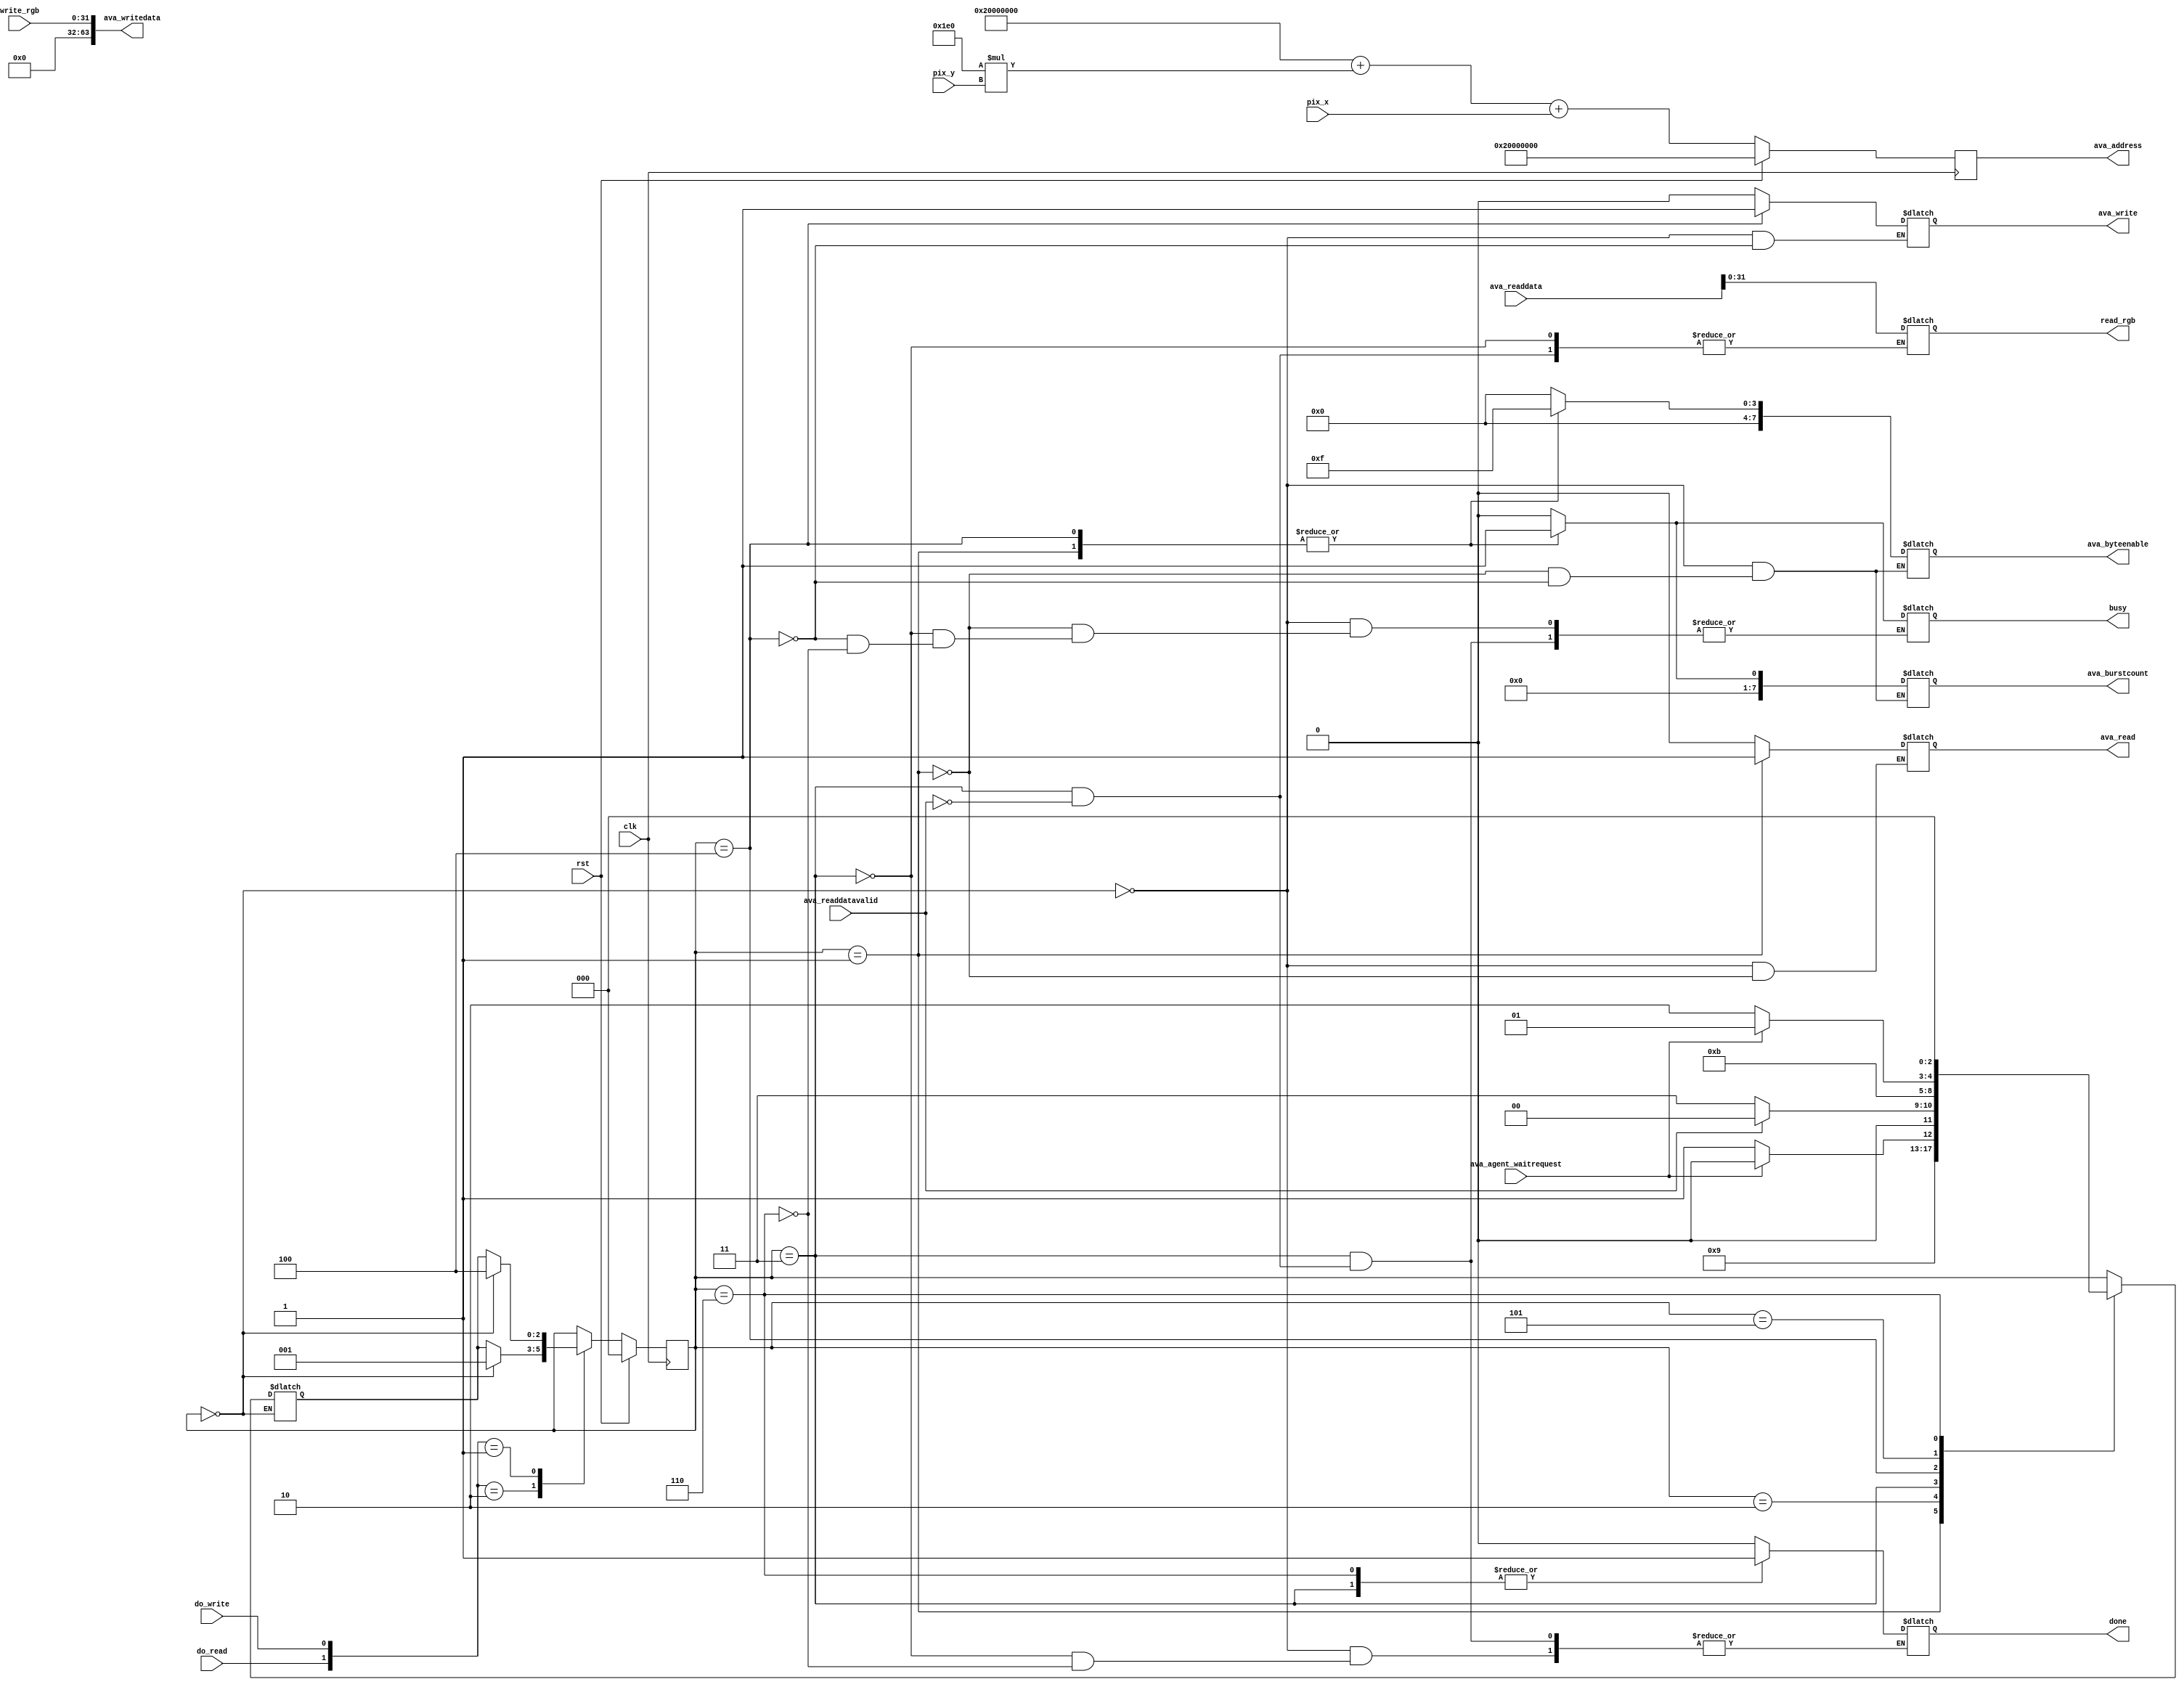
module framebuffer #(
    parameter WIDTH = 32,
    parameter base_addr = 32'h20000000,
    parameter ver_x = 640,
    parameter hor_y = 480
)(
    input wire clk,
    input wire rst,

    input wire do_read,
    input wire do_write,
    output reg busy,
    output reg done, 

    input wire ava_agent_waitrequest,
    output reg ava_read,
    input wire [WIDTH * 2 - 1:0]ava_readdata,
    input wire ava_readdatavalid,
    
    input wire [15:0]pix_x,
    input wire [15:0]pix_y,

    output reg ava_write,
    output wire [WIDTH * 2 - 1:0]ava_writedata,
    output wire [WIDTH - 1:0]ava_address,
    output reg [7:0] ava_byteenable,
    output reg [7:0] ava_burstcount,
    output wire [WIDTH - 1:0]read_rgb,
    input wire [WIDTH - 1:0] write_rgb
);
reg [WIDTH - 1:0] addr;
reg [WIDTH - 1:0] rgb;
assign read_rgb = rgb;
assign ava_address = addr;
assign ava_writedata = write_rgb;
localparam IDLE = 3'd00;
localparam INIT_READ = 3'd1;
localparam Read_start =3'd2 ;
localparam Read_end = 3'd3;
localparam INIT_WRITE = 3'd4;
localparam Write_start = 3'd5;
localparam Write_end = 3'd6;
reg [2:0] cur_state, next_state;
always @(posedge clk) begin
    if(rst) begin
        addr <=  base_addr;
    end
    else begin
        addr <= base_addr + (hor_y * pix_y) + pix_x;
    end
end

always @(posedge clk) begin
    if(rst)begin
        cur_state <= IDLE;
    end
    else begin
        case({do_read, do_write}) 
            2'b10:begin
                if(cur_state == IDLE)begin
                    cur_state <= INIT_READ;
                end
                else begin
                    cur_state <= next_state;
                end
            end
            2'b01:begin
                if(cur_state == IDLE) begin
                    cur_state <= INIT_WRITE;
                end
                else begin
                    cur_state <= next_state; 
                end
            end
            default: begin
                
            end
        endcase
    end
    
end
always @(*) begin

    case(cur_state)
        IDLE: begin
            busy = 0;
            done = 0;
            ava_write = 0;
            ava_read = 0;
            ava_burstcount = 8'd0; 
            ava_byteenable = 0; 
        end
        INIT_READ: begin
            busy = 1;
            ava_read = 1;
            ava_burstcount = 8'd1; // Get only 1 address
            ava_byteenable = 8'hF; // Get 32 bits only.
            next_state = Read_start;
        end
        Read_start: begin
            if(ava_agent_waitrequest) begin
                next_state = Read_start;
            end
            else next_state = Read_end;
            
        end
        Read_end: begin
            if(ava_readdatavalid) begin
                rgb <= ava_readdata;
                next_state = IDLE;
                busy = 0;
                done = 1;
            end
            else begin
                next_state = Read_end;
            end
        end
        INIT_WRITE: begin
            busy = 1;
            ava_write = 1;
            ava_burstcount = 8'd1; // Get only 1 address
            ava_byteenable = 8'hF; // Get 32 bits only.
            next_state = Write_start;

        end
        Write_start: begin
            if(ava_agent_waitrequest)begin
                next_state = Write_start;
            end
            else next_state = Write_end;
        end
        Write_end: begin
            busy = 0;
            done = 1;
            next_state = IDLE;
        end

        default: begin
            next_state = cur_state;
        end

    endcase
end
endmodule